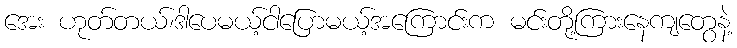
အေး ဟုတ်တယ်၊ဒါပေမယ့်ငါပြောမယ့်အကြောင်းက မင်းတို့ကြားနေကျတွေနဲ့